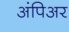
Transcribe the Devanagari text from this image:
अंपिअर